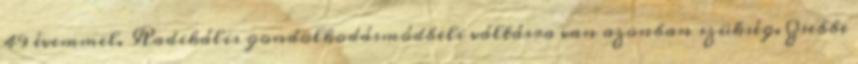
49 évemmel. Radikális gondolkodásmódbeli váltásra van azonban szükség. Zsebbe